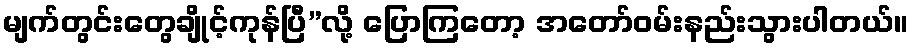
မျက်တွင်းတွေချိုင့်ကုန်ပြီ”လို့ ပြောကြတော့ အတော်ဝမ်းနည်းသွားပါတယ်။